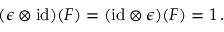
( \epsilon \otimes \mathrm { i d } ) ( F ) = ( \mathrm { i d } \otimes \epsilon ) ( F ) = 1 \, .